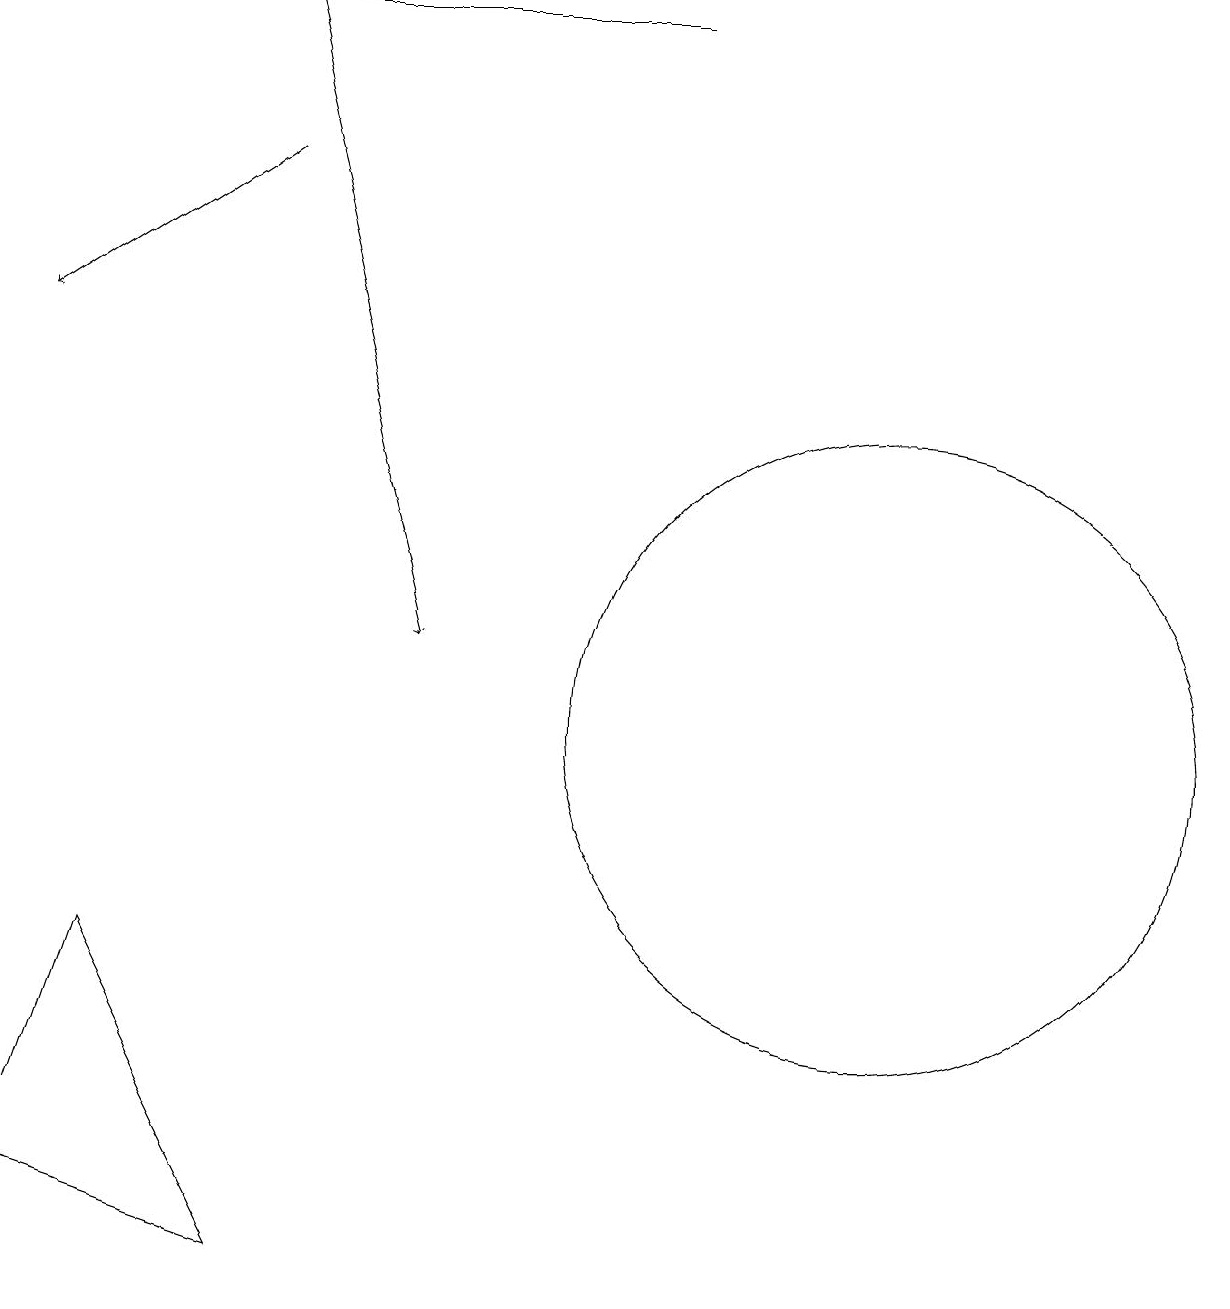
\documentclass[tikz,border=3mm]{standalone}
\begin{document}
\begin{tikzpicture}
\draw (3,3) -- (0,4) -- (1,7) -- cycle;
\draw[->] (3,19) -- (5,11);
\draw (10,10) circle (0);
\draw[->] (8,19) -- (0,19);
\draw (11,10) circle (4);
\draw[->] (3,17) -- (0,15);
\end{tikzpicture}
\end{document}